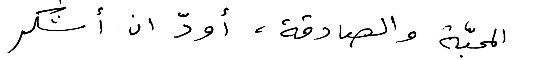
المحبّة والصادقة، أودّ ان أشكر